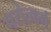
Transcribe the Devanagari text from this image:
परोत्कर्ष